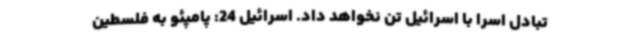
تبادل اسرا با اسرائیل تن نخواهد داد. اسرائیل 24: پامپئو به فلسطین